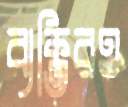
ব্যক্তিরও